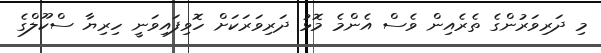
މި ދަރިވަރުންގެ ތެރެއިން ވެސް އެންމެ މޮޅު ދަރިވަރަކަށް ހޮވިފައިވަނީ ހިރިޔާ ސްކޫލްގެ